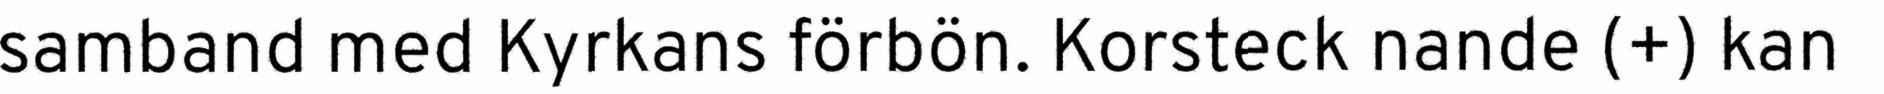
samband med Kyrkans förbön. Korsteck nande (+) kan